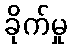
ခိုက်မှု